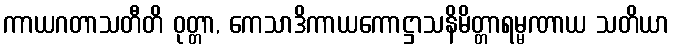
ကာယဂတာသတီတိ ဝုတ္တာ, ကေသာဒိကာယကောဋ္ဌာသနိမိတ္တာရမ္မဏာယ သတိယာ